Report on vaccination in Madras 1895-1903 - 1895-1903
Year: 1895
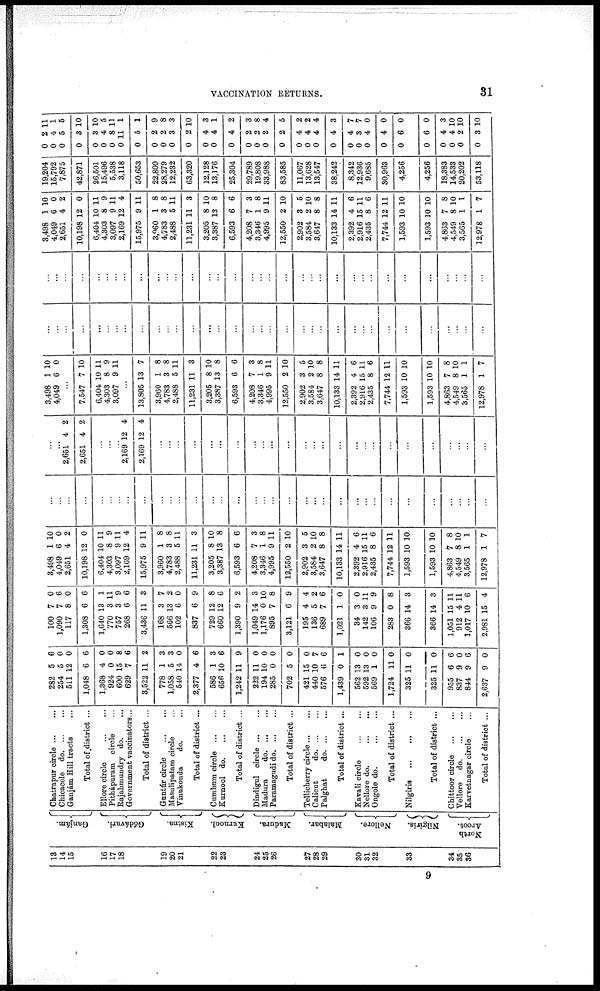
VACCINATION RETURNS.
31
13
14
15
16
17
18
19
20
21
22
23
24
25
26
27
28
29
30
31
32
33
34
35
36
Ganjám.
Gódávari.
Kistna.
Kurnool.
Madura.
Malabar.
Nellore.
Nilgiris.
North
Arcot.
Chatrapur circle ... ...
Chicacole do. ... ...
Ganjám Hill tracts ...
Total of district ...
Ellore circle
...
...
Pithápuram circle ...
Rajahmundry do.
...
Government vaccinators...
Total of district ...
Guntúr circle
... ...
Masulipatam circle ...
Vinukonda
do. ...
Total of district ...
Cumbum circle
...
...
Kurnool do.
...
...
Total of district ...
Dindigul circle ... ...
Madura
d
o
. ... ...
Paramagudi d
o
. ... ...
Total of district ...
Tellicherry circle ... ...
Calicut
d
o
. ... ...
Palghat
d
o
. ... ...
Total of district ...
Kavali circle
...
...
Nellore do.
...
...
Ongole do.
...
...
Total of district ...
Nilgiris
...
...
...
Total of district ...
Chittoor circle
...
...
Vellore
d
o
. ... ...
Karvetnagar circle ...
Total of district ...
282
254
511
1,048
1,368
924
600
629
3,522
778
1,058
540
2,377
586
656
1,242
222
194
285
702
421
440
576
1,439
562
592
569
1,724
325
325
955
837
844
2,637
5
5
12
6
4
0
15
7
11
1
5
14
4
1
10
11
11
10
0
5
15
10
6
0
13
13
1
11
11
11
6
9
9
9
6
0
0
6
0
0
8
6
2
3
3
0
6
3
6
9
0
0
0
0
0
7
6
1
0
0
0
0
0
0
6
0
6
0
100
1,090
117
1,308
1,640
770
757
268
3,436
168
566
102
837
729
660
1,390
1,049
1,176
895
3,121
195
136
689
1,021
34
142
106
283
366
366
1,051
912
1,017
2,981
7
7
8
6
13
3
3
6
11
3
13
6
6
12
12
9
14
0
7
6
4
5
7
1
3
3
9
0
14
14
15
4
10
15
0
6
0
6
1
11
9
6
3
7
2
0
9
8
6
2
3
10
8
9
4
2
6
0
0
11
9
8
3
3
11
11
6
4
3,498
4,049
2,651
10,198
6,404
4,303
3,097
2,169
15,975
3,960
4,783
2,488
11,231
3,205
3,387
6,593
4,208
3,346
4,995
12,550
2,902
3,584
3,647
10,133
2,392
2,916
2,435
7,744
1,593
1,593
4,863
4,549
3,565
12,978
1
6
4
12
10
8
9
12
9
1
3
5
11
8
13
6
7
1
9
2
3
2
8
14
4
15
8
12
10
10
7
8
1
1
10
0
2
0
11
9
11
4
11
8
8
11
3
10
8
6
3
8
11
10
5
10
8
11
6
11
6
11
10
10
8
10
1
7
...
...
...
...
...
...
...
...
...
...
...
...
...
...
...
...
...
...
...
...
...
...
...
...
...
...
...
...
...
...
...
...
...
...
...
...
2,651
2,651
4
4
2
2
...
...
...
2,169
2,169
12
12
4
4
...
...
...
...
...
...
...
...
...
...
...
...
...
...
...
...
...
...
...
...
...
...
...
...
...
3,498
4,049
1
6
10
0
...
7,547
6,404
4,303
3,097
7
10
8
9
10
11
9
11
...
13,805
3,960
4,783
2,488
11,231
3,205
3,387
6,593
4,208
3,346
4,995
12,550
2,902
3,584
3,647
10,133
2,392
2,916
2,435
7,744
1,593
1,593
4,863
4,549
3,565
12,978
13
1
3
5
11
8
13
6
7
1
9
2
3
2
8
14
4
15
8
12
10
10
7
8
1
1
7
8
8
11
3
10
8
6
3
8
11
10
5
10
8
11
6
11
6
11
10
10
8
10
1
7
...
...
...
...
...
...
...
...
...
...
...
...
...
...
...
...
...
...
...
...
...
...
...
...
...
...
...
...
...
...
...
...
...
...
...
...
...
...
...
...
...
...
...
...
...
...
...
...
...
...
...
...
...
...
...
...
...
...
...
...
...
...
...
...
...
...
...
...
3,498
4,049
2,651
10,198
6,404
4,303
3,097
2,169
15,975
3,960
4,783
2,488
11,231
3,205
3,387
6,593
4,208
3,346
4,995
12,550
2,902
3,584
3,647
10,133
2,392
2,916
2,435
7,744
1,593
1,593
4,863
4,549
3,565
12,978
1
6
4
12
10
8
9
12
9
1
3
5
11
8
13
6
7
1
9
2
3
2
8
14
4
15
8
12
10
10
7
8
1
1
10
0
2
0
11
9
11
4
11
8
8
11
3
10
8
6
3
8
11
10
5
10
8
11
6
11
6
11
10
10
8
10
1
7
19,204
15,792
7,875
42,871
26,501
15,496
5,538
3,118
50,653
22,809
28,279
12,232
63,320
12,128
13,176
25,304
29,789
19,808
33,988
83,585
11,067
13,628
13,547
38,242
8,342
12,936
9,685
30,963
4,256
4,256
18,383
14,533
20,202
53,118
0
0
0
0
0
0
0
0
0
0
0
0
0
0
0
0
0
0
0
0
0
0
0
0
0
0
0
0
0
0
0
0
0
0
2
4
5
3
3
4
8
11
5
2
2
3
2
4
4
4
2
2
2
2
4
4
4
4
4
3
4
4
6
6
4
4
2
3
11
1
5
10
10
5
11
1
1
9
8
3
10
3
1
2
3
8
4
5
2
2
4
3
7
7
0
0
0
0
3
10
10
10
9